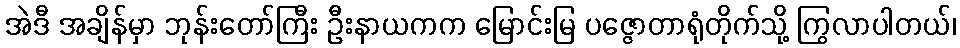
အဲဒီ အချိန်မှာ ဘုန်းတော်ကြီး ဦးနာယကက မြောင်းမြ ပဇ္ဇောတာရုံတိုက်သို့ ကြွလာပါတယ်၊